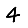
Digit: 4